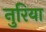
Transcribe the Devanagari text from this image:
नुरिया